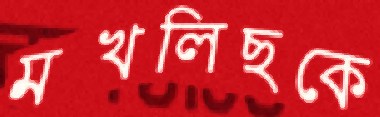
মখলিছকে